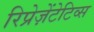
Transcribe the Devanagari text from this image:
रिप्रेज़ेंटेटिव्स